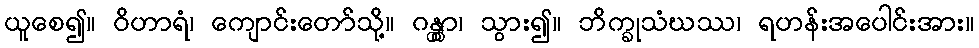
ယူစေ၍။ ဝိဟာရံ၊ ကျောင်းတော်သို့။ ဂန္တွာ၊ သွား၍။ ဘိက္ခုသံဃဿ၊ ရဟန်းအပေါင်းအား။